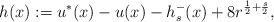
LaTeX: \begin{align*}h(x):= u^*(x) -u(x)-h^-_s(x) +8r^{\frac{1}{2}+\frac{s}{2}}, \end{align*}